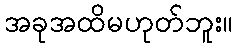
အခုအထိမဟုတ်ဘူး။